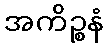
အကိဉ္စနံ